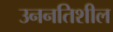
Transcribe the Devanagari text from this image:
उननतिशील